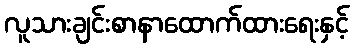
လူသားချင်းစာနာထောက်ထားရေးနှင့်